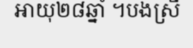
អាយុ២៨ឆ្នាំ ។បងស្រី